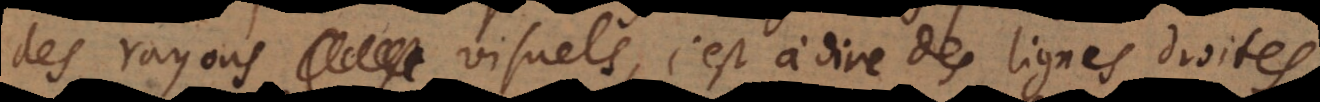
des rayons visuels, c’est à dire des lignes droites